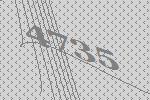
4735